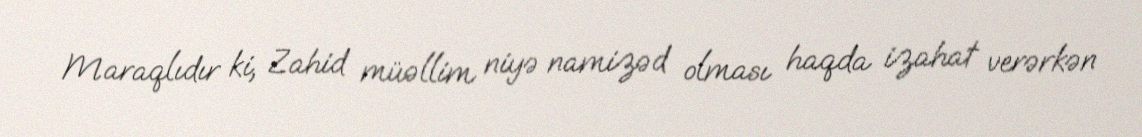
Maraqlıdır ki, Zahid müəllim niyə namizəd olması haqda izahat verərkən